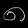
Digit: ၈